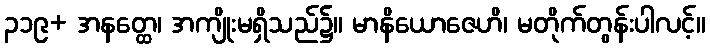
၃၁၉+ အနတ္ထေ၊ အကျိုးမရှိသည်၌။ မာနိယောဇေဟိ၊ မတိုက်တွန်းပါလင့်။